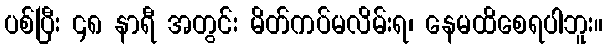
ပစ်ပြီး ၄၈ နာရီ အတွင်း မိတ်ကပ်မလိမ်းရ၊ နေမထိစေရပါဘူး။